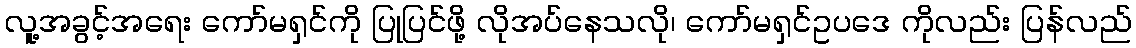
လူ့အခွင့်အရေး ကော်မရှင်ကို ပြုပြင်ဖို့ လိုအပ်နေသလို၊ ကော်မရှင်ဥပဒေ ကိုလည်း ပြန်လည်